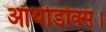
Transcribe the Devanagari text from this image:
ऑर्थोडॉक्स।